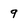
Character: 9